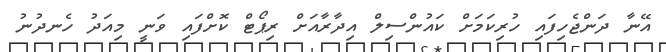
އޭނާ ދަންޖެހިފައި ހުރިކަމަށް ކައުންސިލް އިދާރާއަށް ރިޕޯޓް ކޮށްފައި ވަނީ މިއަދު ހެނދުނު